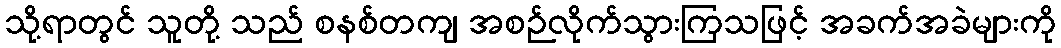
သို့ရာတွင် သူတို့ သည် စနစ်တကျ အစဉ်လိုက်သွားကြသဖြင့် အခက်အခဲများကို